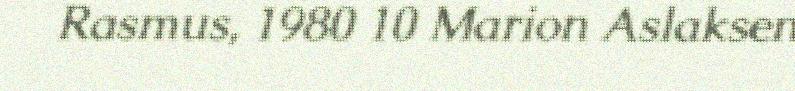
Rasmus, 1980 10 Marion Aslaksen